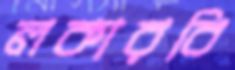
লকারবি